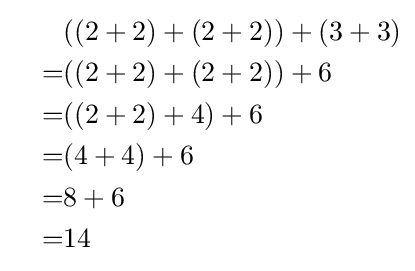
{\begin{aligned}&{}&&((2+2)+(2+2))+(3+3)\\&{}&=&((2+2)+(2+2))+6\\&{}&=&((2+2)+4)+6\\&{}&=&(4+4)+6\\&{}&=&8+6\\&{}&=&14\end{aligned}}